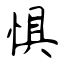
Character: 惧